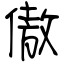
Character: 傲